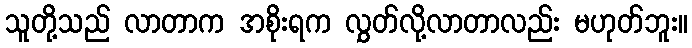
သူတို့သည် လာတာက အစိုးရက လွှတ်လို့လာတာလည်း မဟုတ်ဘူး။